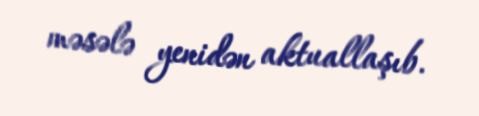
məsələ yenidən aktuallaşıb.